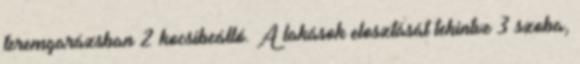
teremgarázsban 2 kocsibeálló. A lakások elosztását tekintve 3 szoba,